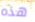
هذه